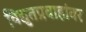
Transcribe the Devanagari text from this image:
विद्युतप्रवाहांवर